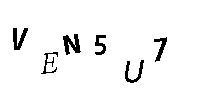
VEN5U7